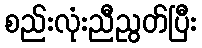
စည်းလုံးညီညွတ်ပြီး